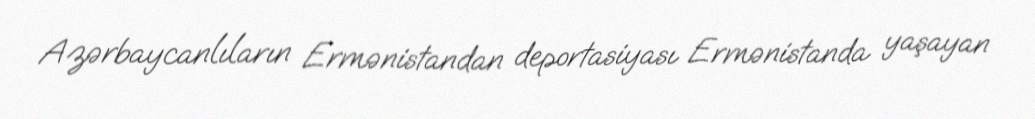
Azərbaycanlıların Ermənistandan deportasiyası Ermənistanda yaşayan